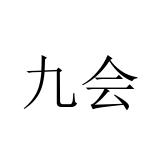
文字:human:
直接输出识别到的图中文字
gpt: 九会